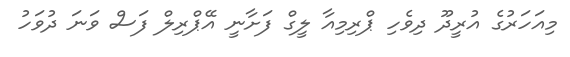
މިއަހަރުގެ އުރީދޫ ދިވެހި ޕްރިމިއާ ލީގް ފަށާނީ އޭޕްރިލް ފަސް ވަނަ ދުވަހު